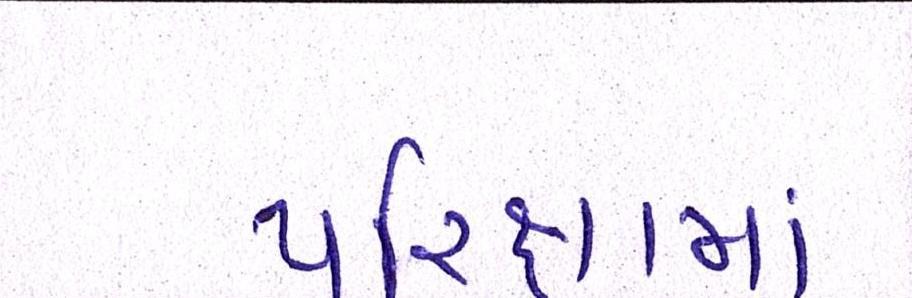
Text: પરિક્ષામાં